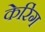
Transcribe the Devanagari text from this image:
केरिंग